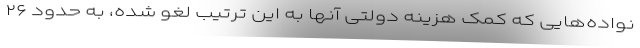
نواده‌هایی که کمک هزینه دولتی آنها به این ترتیب لغو شده، به حدود ۲۶